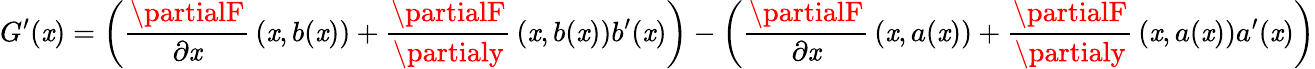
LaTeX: G^{\prime}(\mathit{x})=\left({\frac{{\partialF}}{{\partial\mathit{x}}}}\left(\mathit{x},b(\mathit{x})\right)+{\frac{{\partialF}}{{\partialy}}}\left(\mathit{x},b(\mathit{x})\right)b^{\prime}(\mathit{x})\right)-\left({\frac{{\partialF}}{{\partial\mathit{x}}}}\left(\mathit{x},a(\mathit{x})\right)+{\frac{{\partialF}}{{\partialy}}}\left(\mathit{x},a(\mathit{x})\right)a^{\prime}(\mathit{x})\right)